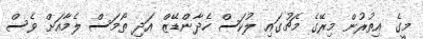
މީގެ އިތުރުން މިރޭގެ މެޗުގައި ލުކަސް ހެދާންޑޭޒް އަދި ތޯމަސް ލެމާއަށް ވެސް